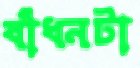
বাঁধনটা